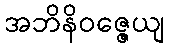
အဘိနိဝဇ္ဇေယျ